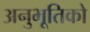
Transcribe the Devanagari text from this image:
अनुभूतिको